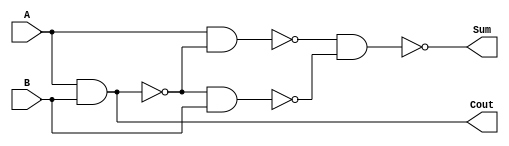
`timescale 1ns / 1ps
module HalfAdd ( Cout , Sum , A, B ) ;
  input A, B ;
  output Cout , Sum ;
  wire a_1, x, y; //Create temp wires for future use
  nand nand1(a_1,A,B); //nand A and B and store in a_1
  nand nand2(x,A,a_1);//nand A and a_1 and store in x
  nand nand3(y,a_1,B);//nand a_1 and B and store in y
  nand nand4(Sum,x,y);//nand x and y and store in Sum
  nand nand5(Cout,a_1,a_1);//nand a_1 and a_1 so they cancel to a simple and, and store in Cout
endmodule